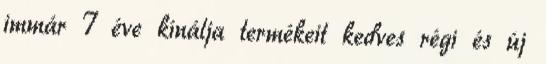
immár 7 éve kínálja termékeit kedves régi és új